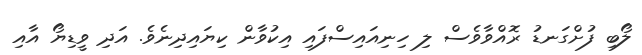
ލޯބި ފުށްގަނޑު ރޮއްވާވެސް ލި ހިނިއައިސްފައި އިކުވާން ކިޔައިދިނެވެ. އަދި ވީޑިޔޯ އާއި